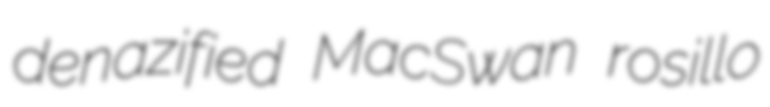
denazified MacSwan rosillo